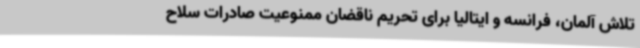
تلاش آلمان، فرانسه و ایتالیا برای تحریم‌ ناقضان ممنوعیت صادرات سلاح